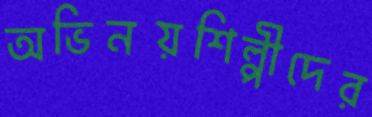
অভিনয়শিল্পীদের